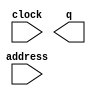
module word_title_rom (
	address,
	clock,
	q);

	input	[15:0]  address;
	input	  clock;
	output	[0:0]  q;
`ifndef ALTERA_RESERVED_QIS
// synopsys translate_off
`endif
	tri1	  clock;
`ifndef ALTERA_RESERVED_QIS
// synopsys translate_on
`endif

endmodule